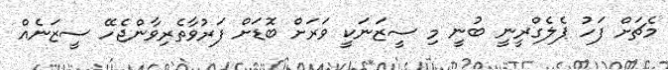
މެޗަށް ފަހު ޕެލެގްރީނީ ބުނީ މި ސީޒަނަކީ ވަރަށް ބޮޑަށް ފަރުވާތެރިވާންޖެހޭ ސީޒަނެއް